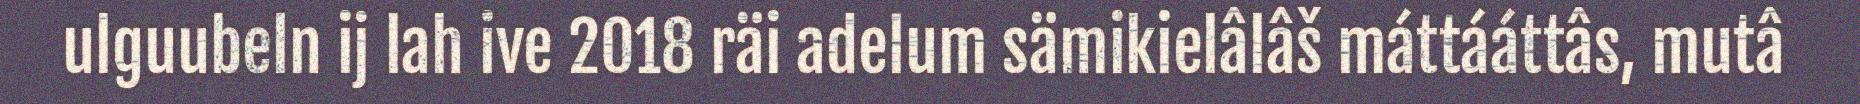
ulguubeln ij lah ive 2018 räi adelum sämikielâlâš máttááttâs, mutâ